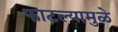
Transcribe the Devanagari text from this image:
फाटल्यामुळे